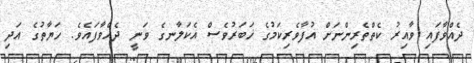
ދެއްވާފައި ވާއިރު ކެތްތެރިންނަށް އުފާވެރިކަމުގެ ޚަބަރުވެސް އެކަލާނގެ ވަނީ ދެއްވާފައެވެ. ހަޔާތުގެ އަދި